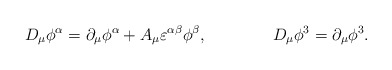
\begin{align*}D_{\mu} \phi^{\alpha} =\partial_{\mu} \phi^{\alpha} + A_{\mu} \varepsilon^{\alpha \beta} \phi^{\beta} ,\qquad \qquad D_{\mu} \phi^3 =\partial_{\mu} \phi^3 .\end{align*}